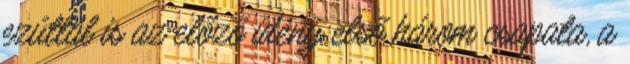
ezúttal is az előző idény első három csapata, a